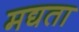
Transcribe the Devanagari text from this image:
मद्यता